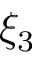
\xi _ { 3 }